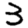
Digit: 3